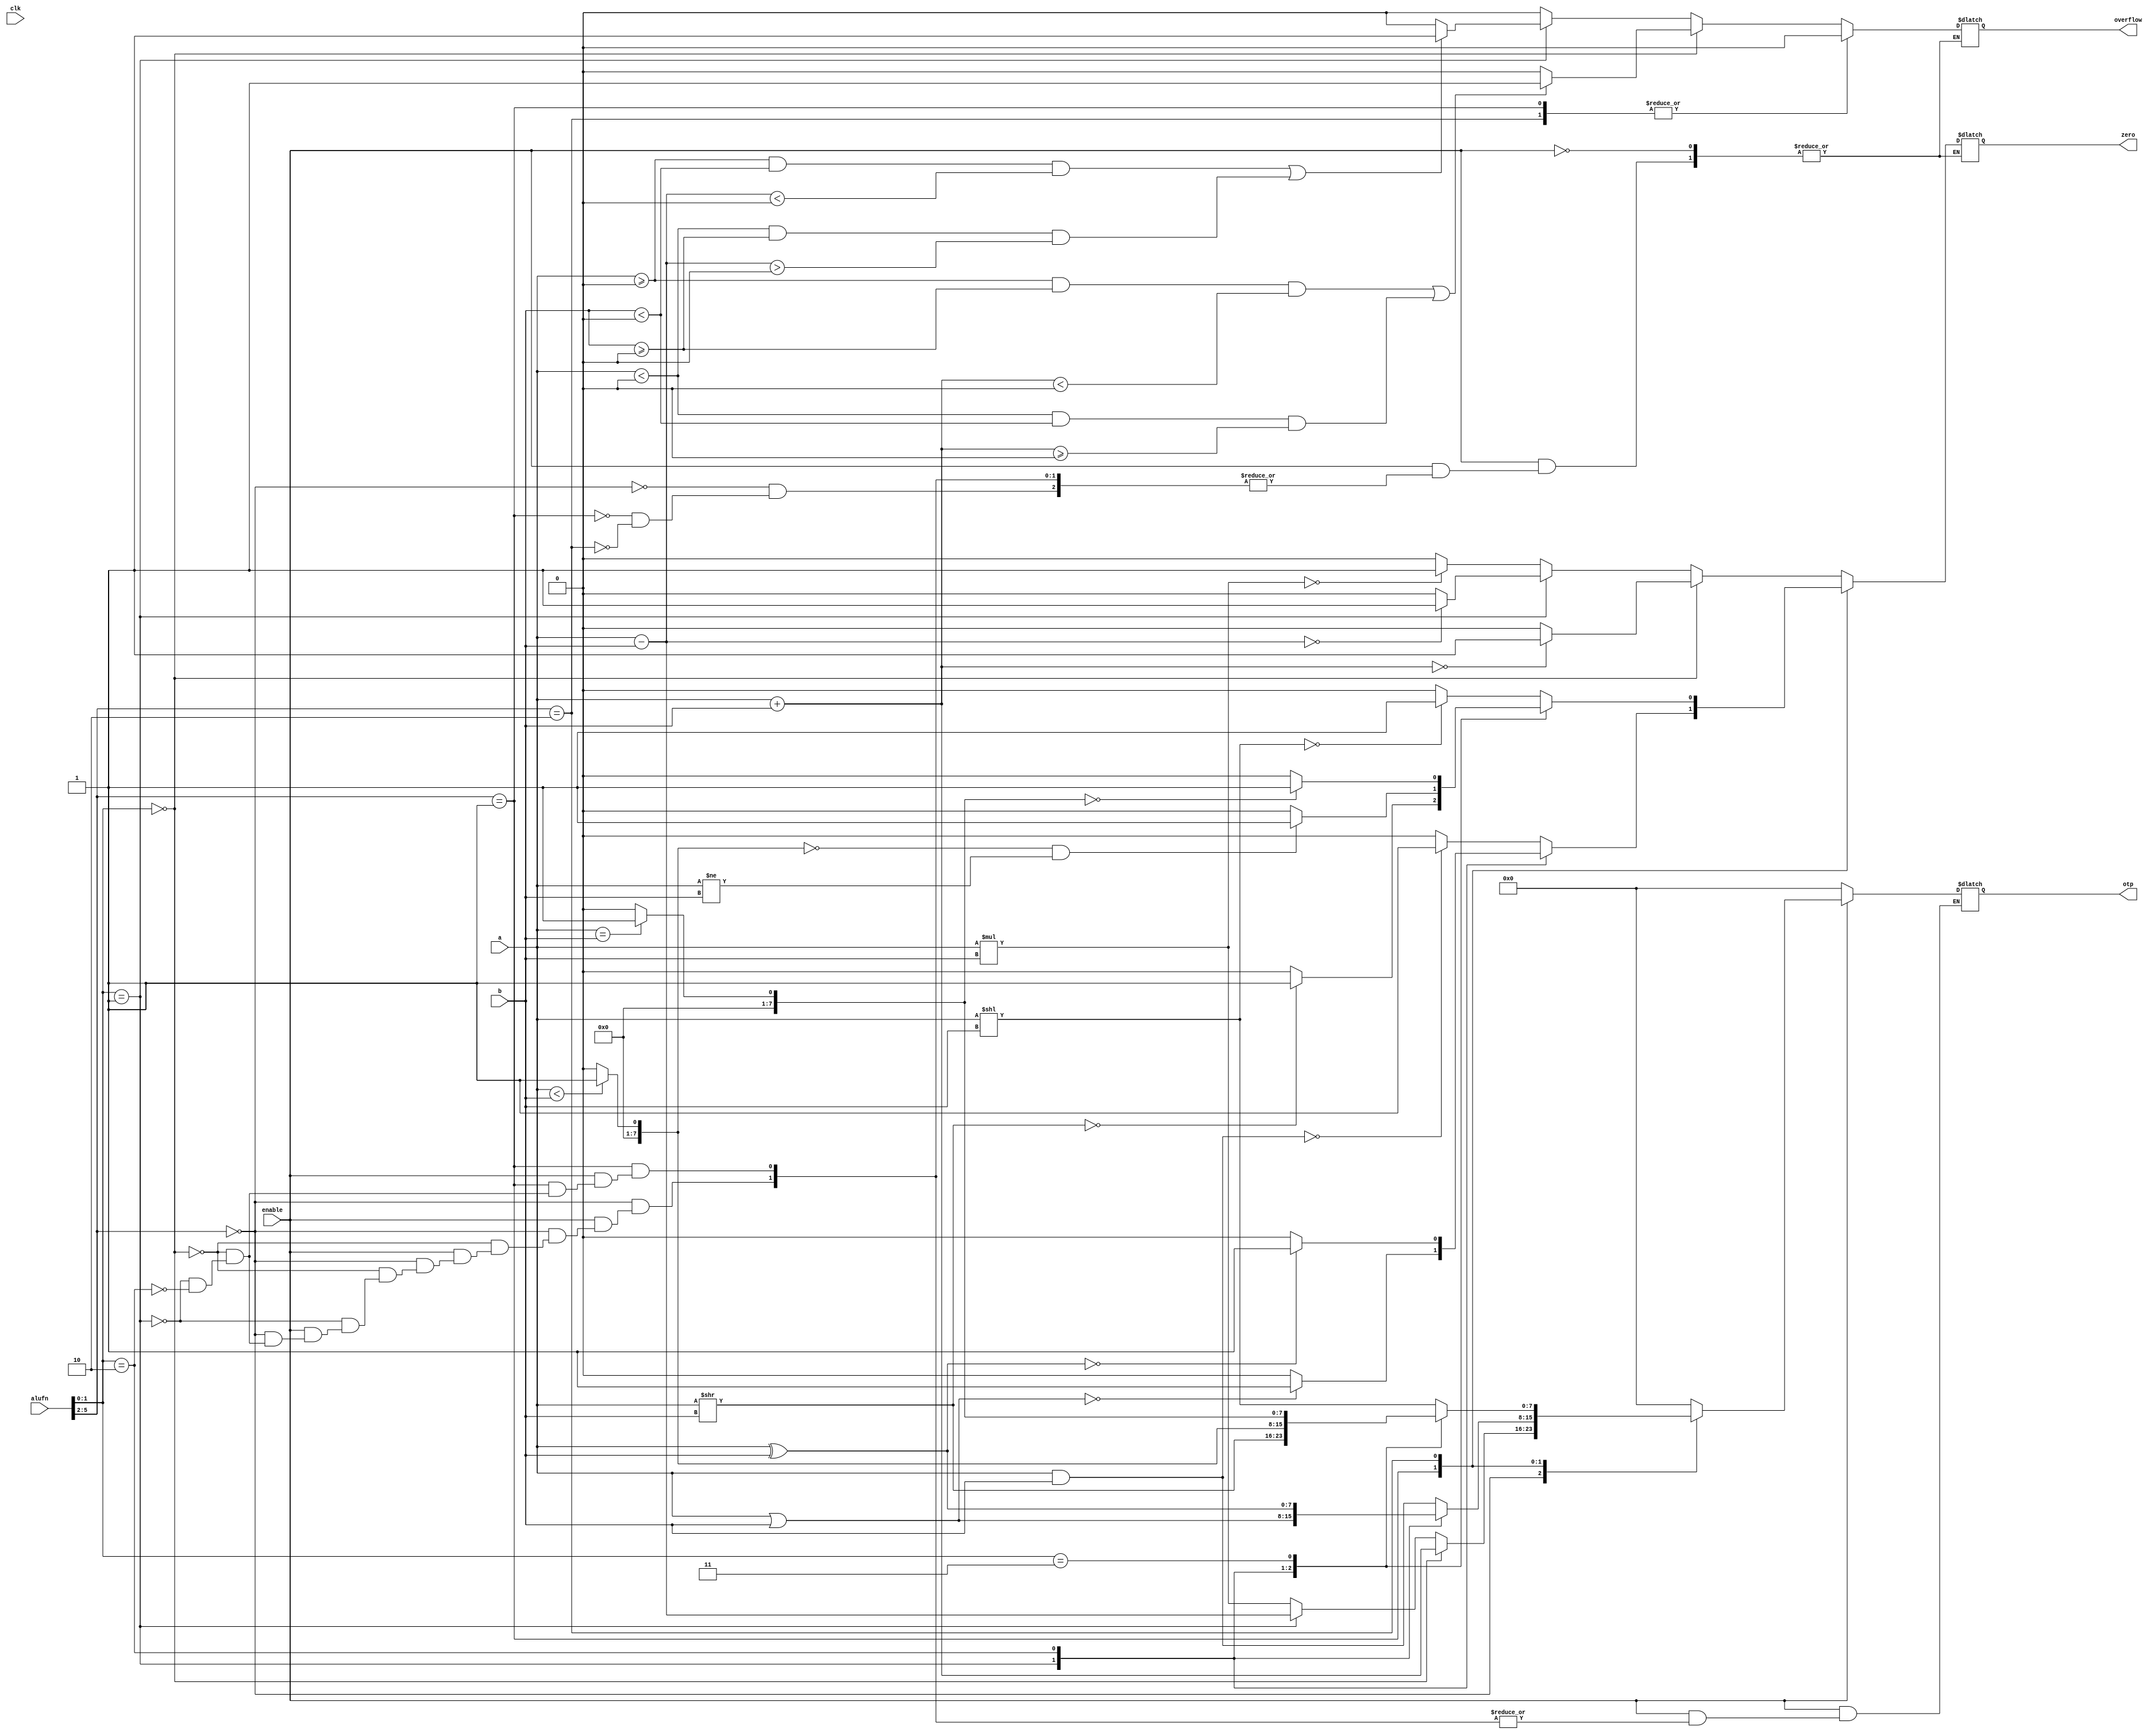
`timescale 1ns / 1ps

module ALU(clk,a, b, alufn, enable, otp, zero, overflow);
    input wire clk;
    input wire [7:0] a;
    input wire [7:0] b;
    input wire [5:0] alufn; // choosing 6 bit op code
    input wire 	     enable;
    output reg [7:0] otp;
    output reg zero; // set if the output of the alu is 0
    output reg overflow;
    
    always @(*)
    begin
	if(enable) begin
        casex(alufn)
            6'b0000xx: begin
        if(alufn[1:0] == 2'b00)
            begin //ADD
                otp = a + b;
                zero = (otp==0)?1:0;
                if ((a >= 0 && b >= 0 && otp < 0) || (a < 0 && b < 0 && otp >= 0))
                    overflow = 1;
                else
                    overflow = 0;
            end
        else if(alufn[1:0] == 2'b01) //SUB
            begin
                otp = a-b;
                zero = (otp==0)?1:0;
                if ((a >= 0 && b < 0 && otp < 0) || (a < 0 && b >= 0 && otp > 0))
                    overflow = 1;
                else
                    overflow = 0;
            end
        else if (alufn[1:0] == 2'b10) //MUL
            begin
                otp = a*b;
                zero = (otp==0)?1:0;
                overflow = 0;
            end
    end
            6'b0001xx: begin
        case (alufn[1:0])
        2'b00: //AND
            begin
                otp = a & b;
                overflow = 0;
                zero = (otp==0)?1:0;
            end
        2'b01: //OR
            begin
                otp = a | b;
                overflow = 0;
                zero = (otp==0)?1:0;
            end
        2'b10:  //XOR
                begin
                    otp = a ^ b;
                    overflow = 0;
                    zero = (otp==0)?1:0;
                end
        endcase
    end
            6'b0010xx: begin
        case(alufn[1:0])
        2'b00: //SHIFTLEFT
            begin
                otp = a<<b;
                zero = (otp == 0)?1:0;
                overflow = 0;
            end
        2'b01: //shiftright
            begin
                otp = a>>b;
                zero = (otp == 0)?1:0;
                overflow = 0;
            end
        2'b10: //slt
            begin
                otp = (a<b)? 1:0;
                zero = (otp == 0 && a!=b)?1:0;
                overflow = 0;
            end
	2'b11: //seq
	    begin
		otp = (a==b)?1:0;
		zero = (otp==0)?1:0;
		overflow = 0;
	    end
        endcase
    end
            default:
            begin 
                otp = {8{1'b0}};
            end
        endcase
    end
    else begin
	otp = {8{1'b0}};
	end
end

endmodule